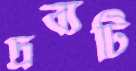
দ্রব্যটি